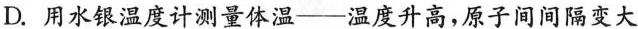
D. 用水银温度计测量体温——温度升高，原子间间隔变大